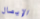
الإيصال